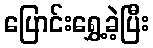
ပြောင်းရွှေ့ခဲ့ပြီး